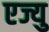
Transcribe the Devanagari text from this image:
एज्यु